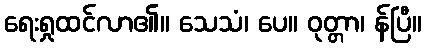
ရေးရှုထင်လာ၏။ သေသံ၊ ပေ။ ဝုတ္တာ၊ န်ပြီ။